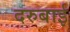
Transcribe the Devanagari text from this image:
दरुबाई